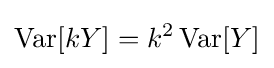
\operatorname {Var} [kY]=k^{2}\operatorname {Var} [Y]